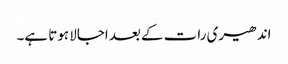
اندھیری رات کے بعد اجالا ہوتا ہے۔